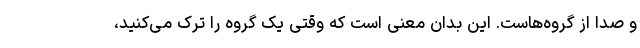
و صدا از گروه‌هاست. این بدان معنی است که وقتی یک گروه را ترک می‌کنید،